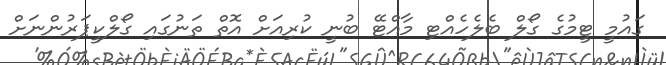
ގައުމީ ޓީމުގެ ގޯލް ބެލެހެއްޓި މާއްޓޭ ބުނީ ކުރިއަށް އޮތް ތަނުގައި ގޯލްކީޕަރުންނަށް